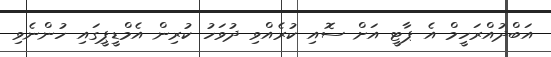
އަބްދުއްރަހީމް އެ ޕާޓީ އަށް ސޮއި ކުރެއްވި ދުވަހު ކުރިން އެމްޑީޕީގައި ހުންނެވި